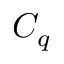
C _ { q }